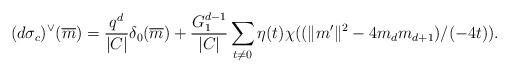
\begin{align*} (d\sigma_c)^\vee(\overline{m})=\frac{q^d}{|C|} \delta_0(\overline{m}) + \frac{G_1^{d-1}}{|C|} \sum_{t\neq 0} \eta(t) \chi((\|m^\prime\|^2-4m_dm_{d+1})/(-4t)).\end{align*}